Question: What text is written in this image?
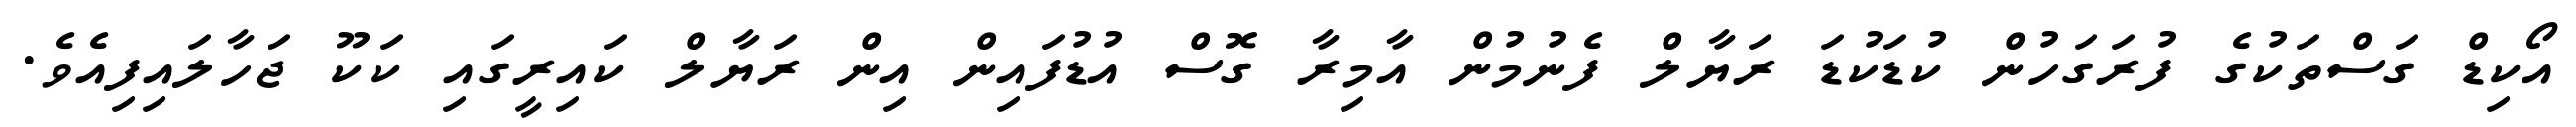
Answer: އޯކިޑް ގަސްތަކުގެ ފުރަގަހުން ކުޑަކުޑަ ރަޔާލް ފެނުމުން އާމިރާ ގޮސް އުޑުފައިން އިން ރަޔާލް ކައިރީގައި ކަކޫ ޖަހާލައިފިއެވެ.